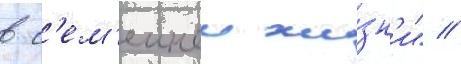
в с'ем'еинои жи́зн'и" //